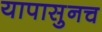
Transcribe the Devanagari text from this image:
यापासुनच